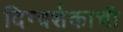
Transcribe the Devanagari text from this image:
दिग्दर्शकाची